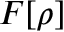
F [ \rho ]